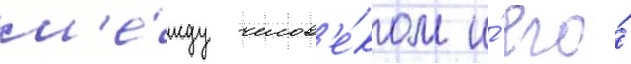
м'е́жду челов'е́ком и́ его́